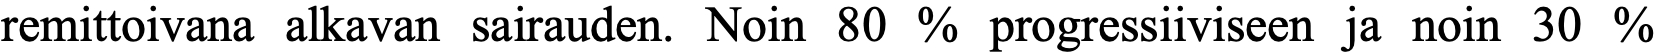
remittoivana alkavan sairauden. Noin 80 % progressiiviseen ja noin 30 %